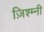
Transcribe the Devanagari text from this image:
ज़िश्म्नी